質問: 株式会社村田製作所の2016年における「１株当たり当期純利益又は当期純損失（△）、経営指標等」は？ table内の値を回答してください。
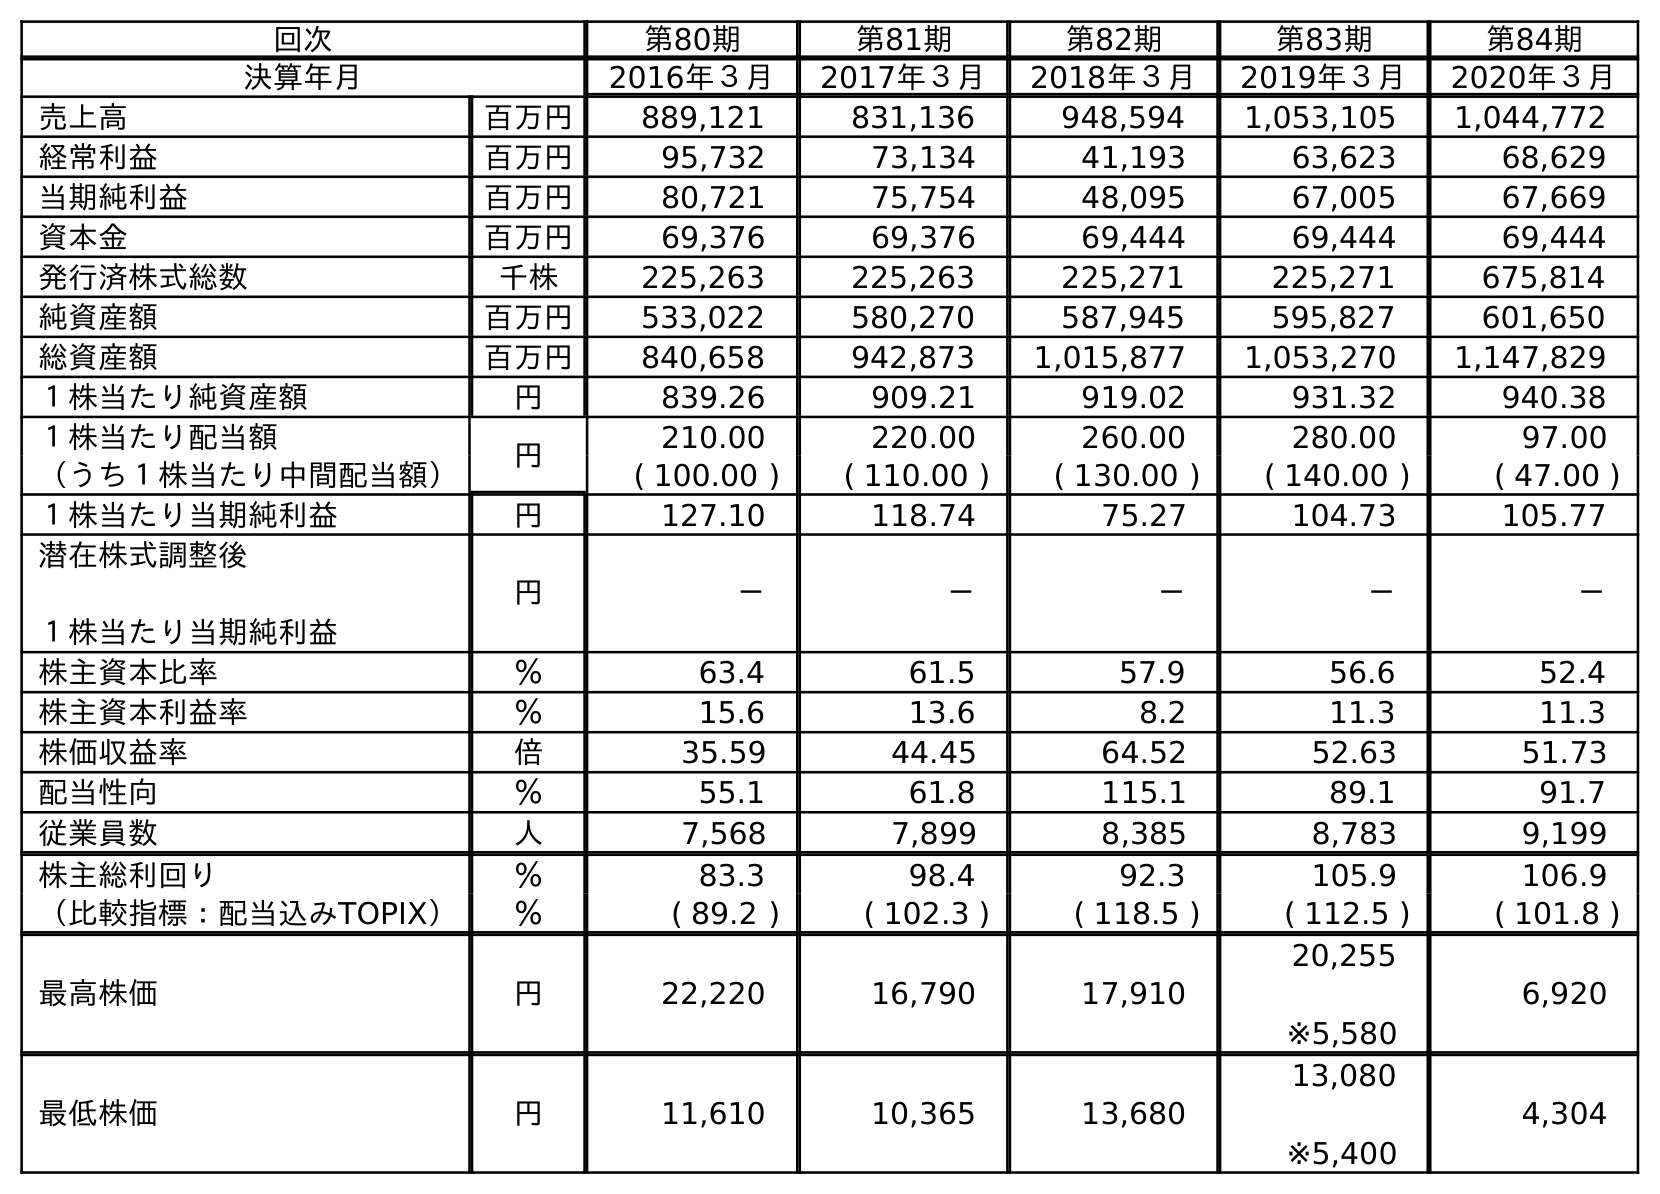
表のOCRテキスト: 回次 第80期 第81期 第82期 第83期 第84期 決算年月 2016年３月 2017年３月 2018年３月 2019年３月 2020年３月 売上高 百万円 889,121 831,136 948,594 1,053,105 1,044,772 経常利益 百万円 95,732 73,134 41,193 63,623 68,629 当期純利益 百万円 80,721 75,754 48,095 67,005 67,669 資本金 百万円 69,376 69,376 69,444 69,444 69,444 発行済株式総数 千株 225,263 225,263 225,271 225,271 675,814 純資産額 百万円 533,022 580,270 587,945 595,827 601,650 総資産額 百万円 840,658 942,873 1,015,877 1,053,270 1,147,829 １株当たり純資産額 円 839.26 909.21 919.02 931.32 940.38 １株当たり配当額 円 210.00 220.00 260.00 280.00 97.00 （うち１株当たり中間配当額） ( 100.00 ) ( 110.00 ) ( 130.00 ) ( 140.00 ) ( 47.00 ) １株当たり当期純利益 円 127.10 118.74 75.27 104.73 105.77 潜在株式調整後 １株当たり当期純利益 円 － － － － － 株主資本比率 ％ 63.4 61.5 57.9 56.6 52.4 株主資本利益率 ％ 15.6 13.6 8.2 11.3 11.3 株価収益率 倍 35.59 44.45 64.52 52.63 51.73 配当性向 ％ 55.1 61.8 115.1 89.1 91.7 従業員数 人 7,568 7,899 8,385 8,783 9,199 株主総利回り ％ 83.3 98.4 92.3 105.9 106.9 （比較指標：配当込みTOPIX） ％ ( 89.2 ) ( 102.3 ) ( 118.5 ) ( 112.5 ) ( 101.8 ) 最高株価 円 22,220 16,790 17,910 20,255 ※5,580 6,920 最低株価 円 11,610 10,365 13,680 13,080 ※5,400 4,304
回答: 127.10